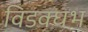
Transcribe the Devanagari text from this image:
विडक्घभ